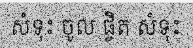
សំទុះ ចូល ផ្ចិត សំទុះ